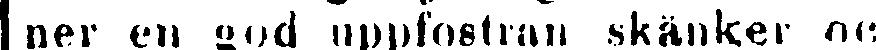
ner en god uppfostran skänker oc